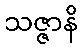
သဇ္ဇာနိ